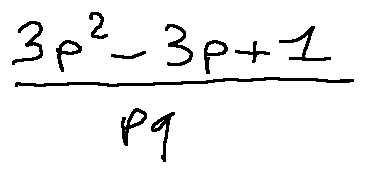
\frac { 3 p ^ { 2 } - 3 p + 1 } { p q }